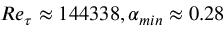
R e _ { \tau } \approx 1 4 4 3 3 8 , \alpha _ { m i n } \approx 0 . 2 8